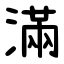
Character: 滿